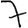
Digit: 7